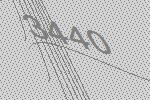
3440